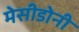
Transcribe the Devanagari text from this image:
मेसीडोनी